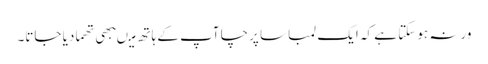
ورنہ ہو سکتا ہے کہ ایک لمبا سا پرچا آپ کے ہاتھ میںبھی تھما دیا جاتا۔